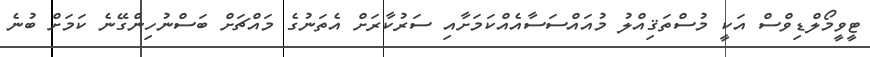
ޓީވީމޯލްޑިވްސް އަކީ މުސްތަޤިއްލު މުއައްސަސާއެއްކަމަށާއި ސަރުކާރަށް އެތަނުގެ މައްޗަށް ބަސްނުހިންގޭނެ ކަމަށް ބުނެ